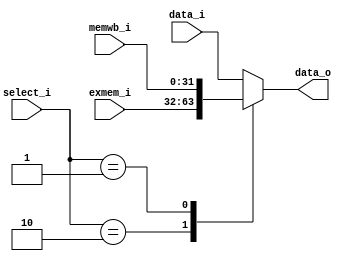
module FORWARD_MUX
(
 data_i,
 select_i,
 exmem_i,
 memwb_i,
 
 data_o
);

input [31:0] data_i;
input [1:0]  select_i;
input [31:0] exmem_i;
input [31:0] memwb_i;
output[31:0] data_o;

reg [31:0] out;

assign data_o = out;

always@(*)begin
  case(select_i)
		2'b00: out = data_i;
		2'b10: out = exmem_i;
		2'b01: out = memwb_i;
        default: out = data_i;
	endcase
end

endmodule